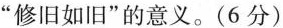
” 修旧如旧 ” 的意义。( 6分 )